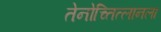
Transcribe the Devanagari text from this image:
तेनोच्तित्लानला